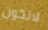
لاتكون